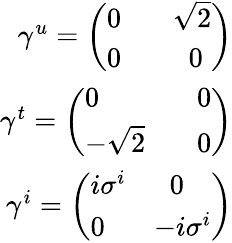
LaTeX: \begin{array}{r}{\gamma^{u}=\left(\begin{array}{ll}{0\; }&{\; \; \sqrt{2}}\\ {0\; }&{\; \; \; \; 0}\end{array}\right)}\\ {\gamma^{t}=\left(\begin{array}{ll}{0\; }&{\; \; 0}\\ {-\sqrt{2}\; }&{\; \; 0}\end{array}\right)}\\ {\gamma^{i}=\left(\begin{array}{ll}{i\sigma^{i}}&{\; \; 0}\\ {0}&{-i\sigma^{i}}\end{array}\right)}\end{array}